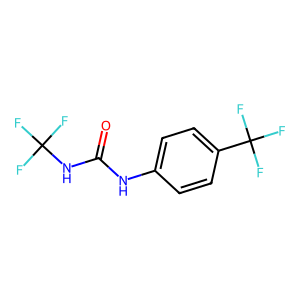
SMILES: O=C(Nc1ccc(C(F)(F)F)cc1)NC(F)(F)F
Inhibits HIV replication: No